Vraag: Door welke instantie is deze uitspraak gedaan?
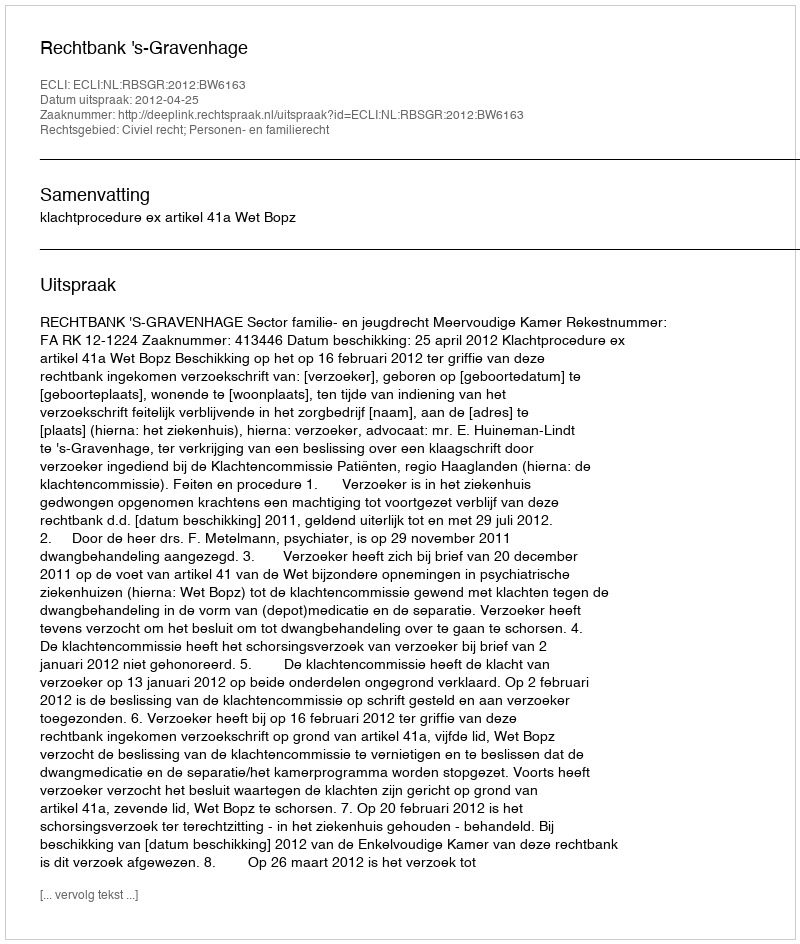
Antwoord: Rechtbank 's-Gravenhage